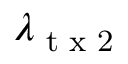
\lambda _ { \textrm { t x 2 } }